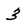
Character: 3